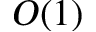
O ( 1 )